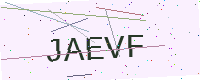
Text: JAEVF